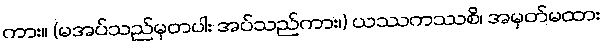
ကား။ (မအပ်သည်မှတပါး အပ်သည်ကား၊) ယဿကဿစိ၊ အမှတ်မထား